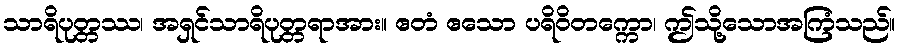
သာရိပုတ္တဿ၊ အရှင်သာရိပုတ္တရာအား။ ဧတံ ဧသော ပရိဝိတက္ကော၊ ဤသို့သောအကြံသည်။